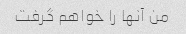
من آنها را خواهم گرفت